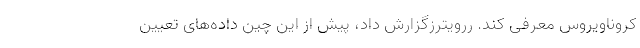
کروناویروس معرفی کند. ررویترزگزارش داد، پیش از این چین داده‌های تعیین